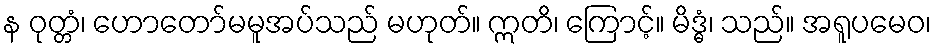
န ဝုတ္တံ၊ ဟောတော်မမူအပ်သည် မဟုတ်။ ဣတိ၊ ကြောင့်။ မိဒ္ဓံ၊ သည်။ အရူပမေဝ၊